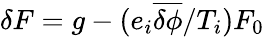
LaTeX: \delta F=g-(e_{i}\overline{{\delta\phi}}/T_{i})F_{0}